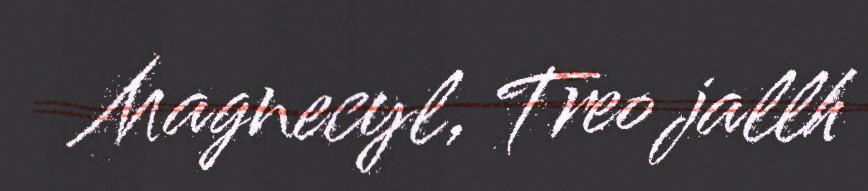
Magnecyl, Treo jallh